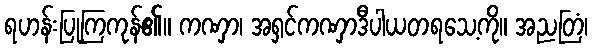
ရဟန်းပြုကြကုန်၏။ ကဏှာ၊ အရှင်ကဏှာဒီပါယတရသေ့ကို။ အညတြံ၊